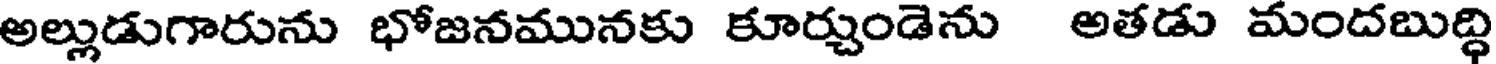
అల్లుడుగారును భోజనమునకు కూర్చుండెను అతడు మందబుద్ధి